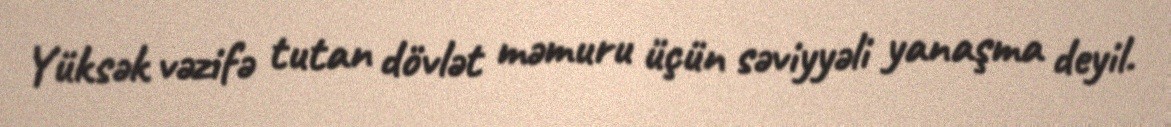
Yüksək vəzifə tutan dövlət məmuru üçün səviyyəli yanaşma deyil.